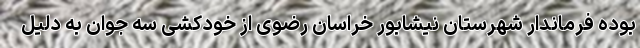
بوده فرماندار شهرستان نیشابور خراسان رضوی از خودکشی سه جوان به دلیل